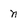
Character: n